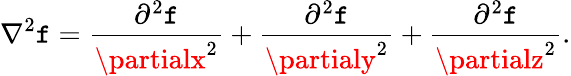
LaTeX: \nabla^{2}\mathtt{f}={\frac{{\partial^{2}\mathtt{f}}}{{\partialx^{2}}}}+{\frac{{\partial^{2}\mathtt{f}}}{{\partialy^{2}}}}+{\frac{{\partial^{2}\mathtt{f}}}{{\partialz^{2}}}}.